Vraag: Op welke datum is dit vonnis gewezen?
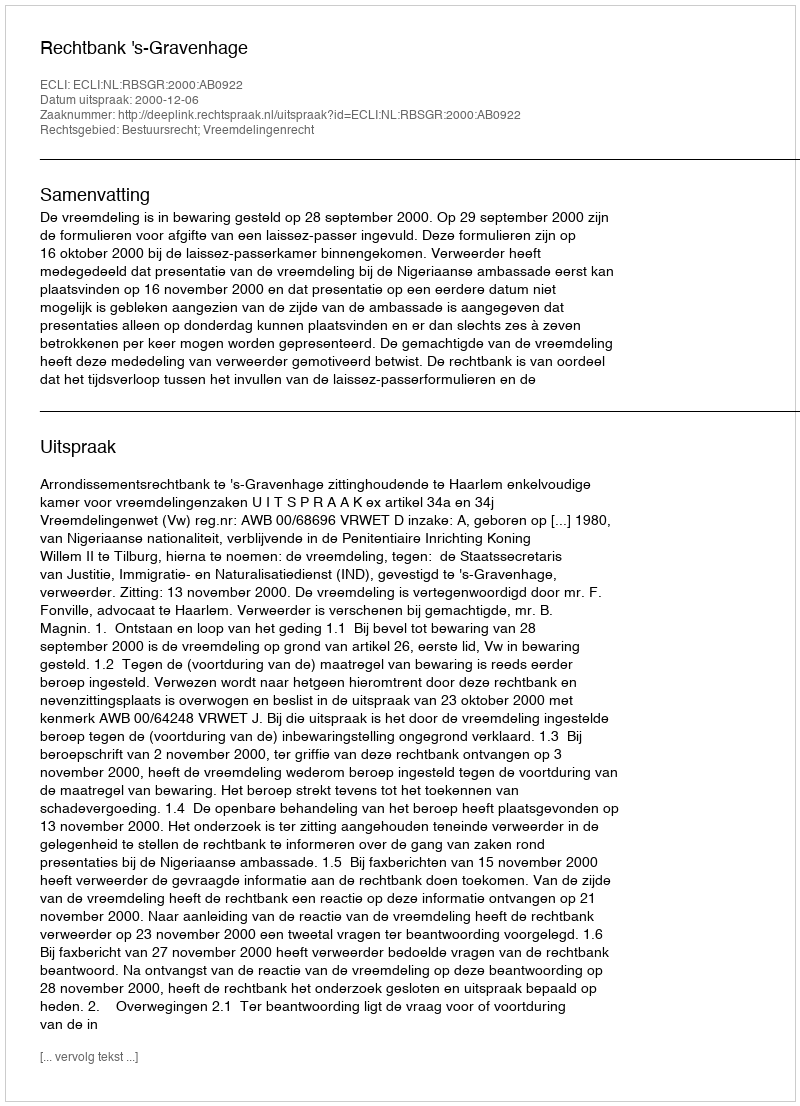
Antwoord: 2000-12-06